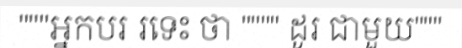
"""អ្នកបរ រទេះ ថា """" ដូរ ជាមួយ"""